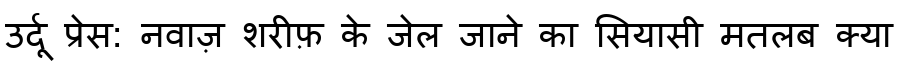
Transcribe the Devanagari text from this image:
उर्दू प्रेस: नवाज़ शरीफ़ के जेल जाने का सियासी मतलब क्या